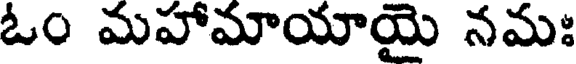
ఓం మహామాయాయై నమః